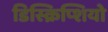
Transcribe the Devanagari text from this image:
डिस्क्रिप्शियो